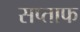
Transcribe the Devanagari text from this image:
सप्ताफ